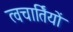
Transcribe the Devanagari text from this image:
त्वचार्तियों